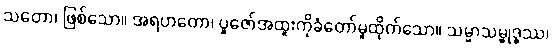
သတော၊ ဖြစ်သော။ အရဟတော၊ ပူဇော်အထူးကိုခံတော်မူထိုက်သော။ သမ္မာသမ္ဗုဒ္ဓဿ၊